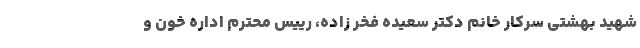
شهید بهشتی سرکار خانم دکتر سعیده فخر زاده، رییس محترم اداره خون و